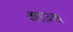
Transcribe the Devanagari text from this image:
आंउस